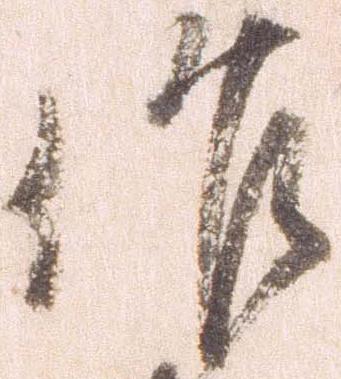
作